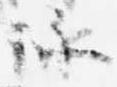
詠